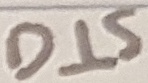
Text: DIS